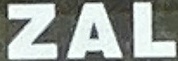
ZAL